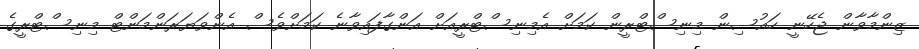
ޒިންމާވާން ޖެހޭނީ ހައުސިން މިނިސްޓްރީން ކަމަށް އެމިނިސްޓްރީއަށް އަންގާފައިވާނެ ކަަމަށްވެސް އެންވަޔަރަންމަންޓް މިނިސްޓްރީގެ